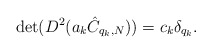
\begin{align*}\det (D^2 (a_k \hat C_{q_k, N})) = c_k \delta_{q_k}.\end{align*}